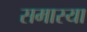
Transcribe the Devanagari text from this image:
समास्या